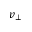
v _ { \bot }